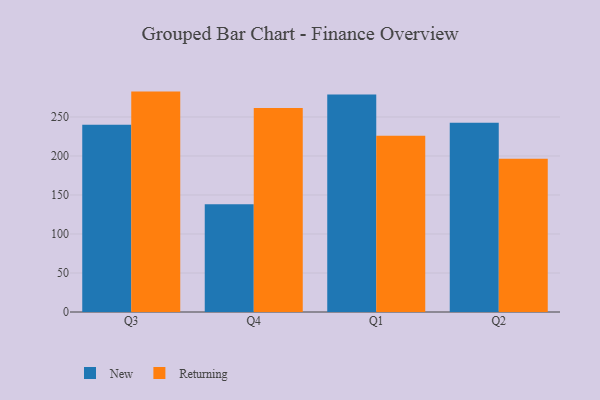
{"axis": {"x": "Quarter", "y": "LTV (USD)"}, "legend": ["New", "Returning"], "data": [{"x": "Q3", "y": 240.1, "type": "New"}, {"x": "Q3", "y": 282.5, "type": "Returning"}, {"x": "Q4", "y": 138.1, "type": "New"}, {"x": "Q4", "y": 261.5, "type": "Returning"}, {"x": "Q1", "y": 278.7, "type": "New"}, {"x": "Q1", "y": 225.8, "type": "Returning"}, {"x": "Q2", "y": 242.7, "type": "New"}, {"x": "Q2", "y": 196.4, "type": "Returning"}]}